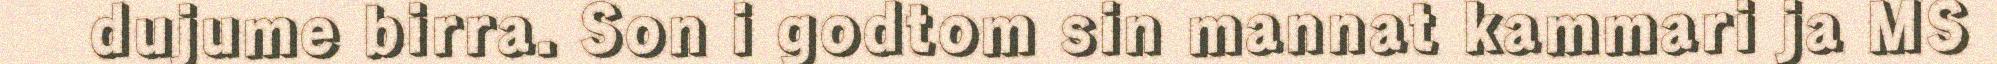
dujume birra. Son i godtom sin mannat kammari ja MS